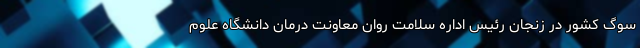
سوگ کشور در زنجان رئیس اداره سلامت روان معاونت درمان دانشگاه علوم‌